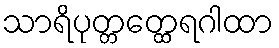
သာရိပုတ္တတ္ထေရဂါထာ